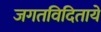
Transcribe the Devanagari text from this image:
जगतविदिताये